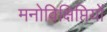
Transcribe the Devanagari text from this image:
मनोविक्षिप्तियों